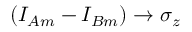
( I _ { A m } - I _ { B m } ) \rightarrow \sigma _ { z }